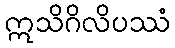
ဣသိဂိလိပဿံ